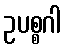
ဥပစ္စဂါ